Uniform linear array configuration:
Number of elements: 48
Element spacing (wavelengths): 0.75
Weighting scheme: cosine
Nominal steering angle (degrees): -60
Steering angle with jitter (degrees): -58.218
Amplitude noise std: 0.05
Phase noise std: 0.05

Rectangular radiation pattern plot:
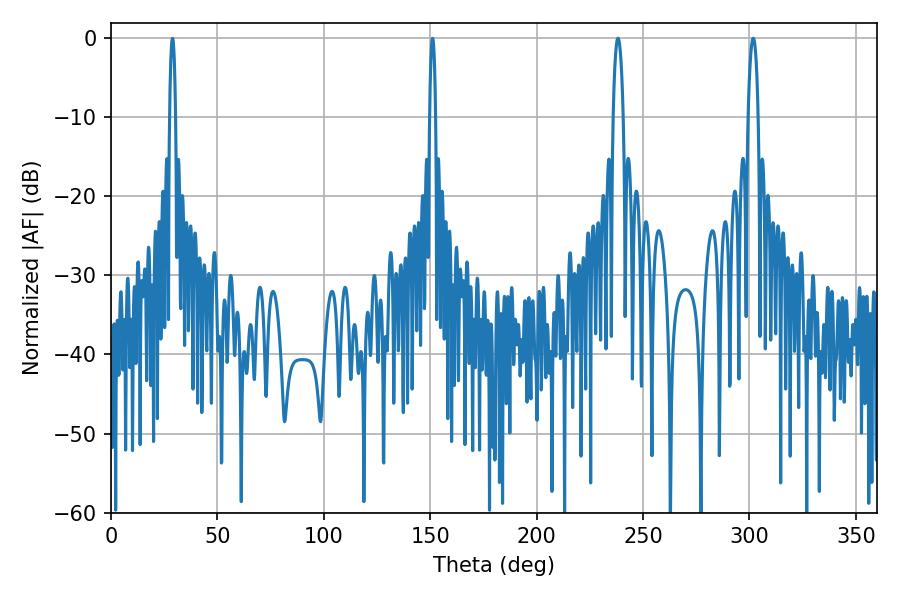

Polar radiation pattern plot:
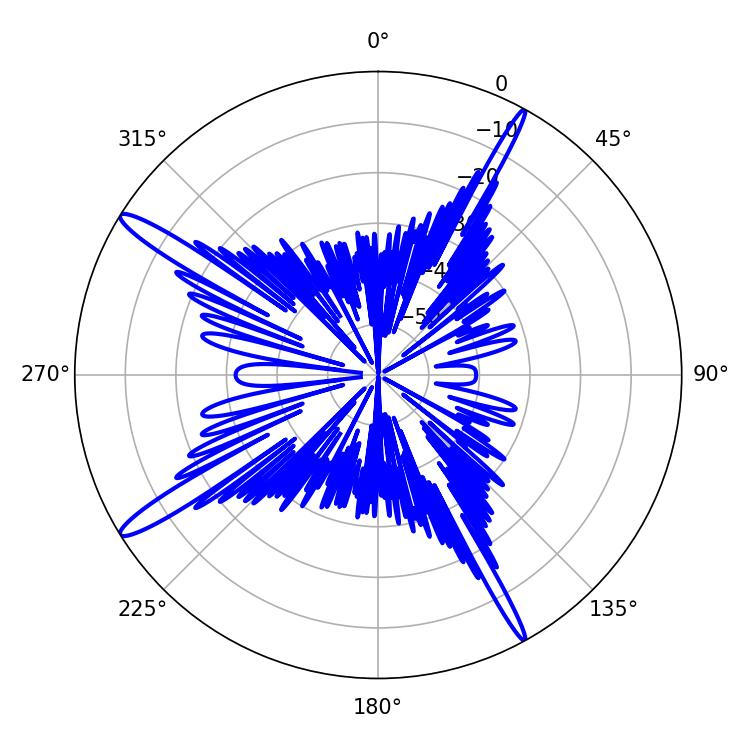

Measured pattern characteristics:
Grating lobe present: TRUE
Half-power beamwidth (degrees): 2.7
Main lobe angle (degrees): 301.86